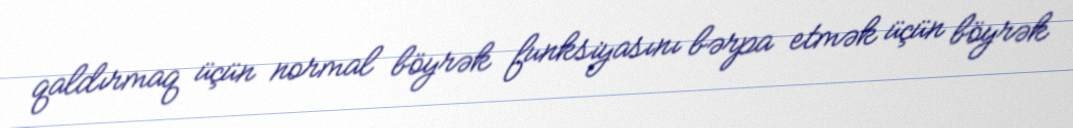
qaldırmaq üçün normal böyrək funksiyasını bərpa etmək üçün böyrək